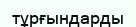
тұрғындарды